Vaccination returns of the Province of Eastern Bengal and Assam - 1905-1912
Year: 1905
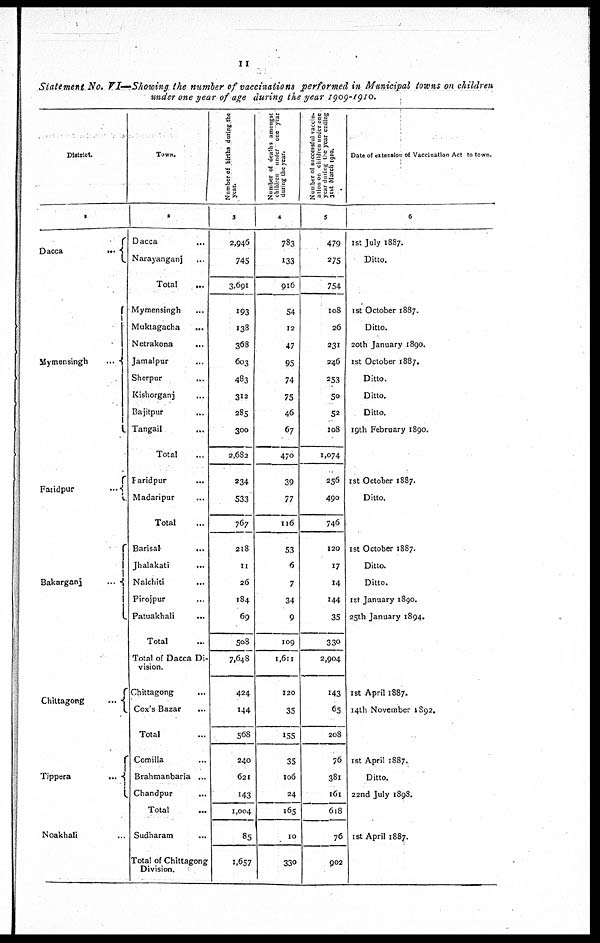
11
Statement No. VI—Showing the number of vaccinations performed in Municipal towns on children
under one year of age during the year 1909-1910.
District.
1
Dacca
...
Mymensingh
...
Faridpur
...
Bakarganj
....
Chittagong
...
Tippera
...
Noakhali ...
Town.
2
Dacca
...
Narayanganj ...
Total ...
Mymensingh ...
Muktagacha ...
Netrakona
...
Jamalpur ...
Sherpur ...
Kishorganj ...
Bajitpur
...
Tangail ...
Total
faridpur ...
Madaripur ...
Total
Barisal
...
Jhalakati
...
Nalchiti
...
Pirojpur ...
Patuakhali ...
Total
Total of Dacca Di-
vision.
Chittagong ...
Cox's Bazar ...
Total ...
Comilla ...
Brahmanbaria ...
Chandpur ...
Total ...
Sudharam ...
Total of Chittagong
Division.
Number of births during the
year.
3
2,946
745
3,691
193
138
368
603
483
312
285
300
2,682
234
533
767
218
11
26
184
69
508
7,648
424
144
568
240
621
143
1,004
85
1,657
Number of deaths amongst
children under one year
during the year.
4
783
133
916
54
12
47
95
74
75
46
67
470
39
77
116
53
6
7
34
9
109
1,611
120
35
155
35
106
24
165
10
330
Number of successful vaccin¬
ation on children under one
year during the year ending
31st March 1910.
5
479
275
754
108
26
231
246
253
50
52
108
1,074
256
490
746
120
17
14
144
35
330
2,904
143
65
208
76
381
161
618
76
902
Date of extension of Vaccination Act to town.
6
1st July 1887.
Ditto.
1st October 1887.
Ditto.
20th January 1890.
1st October 1887.
Ditto.
Ditto.
Ditto.
19th February 1890.
1 st October 1887.
Ditto.
1 st October 1887.
Ditto.
Ditto.
1st January 1890.
25th January 1894.
1st April 1887.
14th November 1892.
1st April 1887.
Ditto.
22nd July 1898.
1st April 1887.